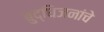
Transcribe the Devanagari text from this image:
बुद्धिजनांचे